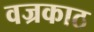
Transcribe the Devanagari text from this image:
वज्रकाठ